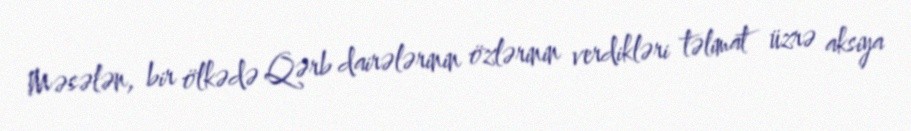
Məsələn, bir ölkədə Qərb dairələrinin özlərinin verdikləri təlimat üzrə aksiya